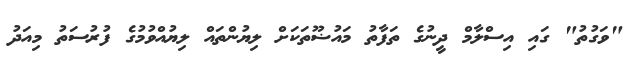
"ވަގުތު" ގައި އިސްލާމް ދީނުގެ ތަފާތު މައުޟޫތަކަށް ލިޔުންތައް ލިޔުއްވުމުގެ ފުރުސަތު މިއަދު